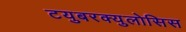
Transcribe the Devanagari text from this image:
टयुबरक्युलोसिस